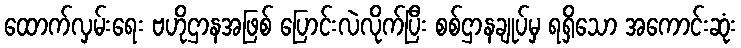
ထောက်လှမ်းရေး ဗဟိုဌာနအဖြစ် ပြောင်းလဲလိုက်ပြီး စစ်ဌာနချုပ်မှ ရရှိသော အကောင်းဆုံး